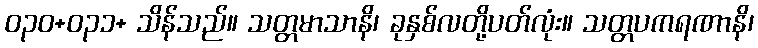
ဝ၃၀+ဝ၃၁+ သိန်သည်။ သတ္တမာသာနိ၊ ခုနှစ်လတို့ပတ်လုံး။ သတ္တပကရဏာနိ၊